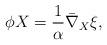
LaTeX: \begin{align*}\phi X=\frac{1}{\alpha}\bar\nabla_{X}\xi,\end{align*}